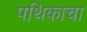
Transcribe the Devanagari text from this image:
पथिकाचा